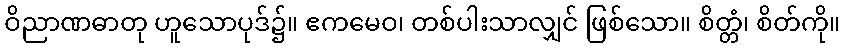
ဝိညာဏဓာတု ဟူသောပုဒ်၌။ ဧကမေဝ၊ တစ်ပါးသာလျှင် ဖြစ်သော။ စိတ္တံ၊ စိတ်ကို။